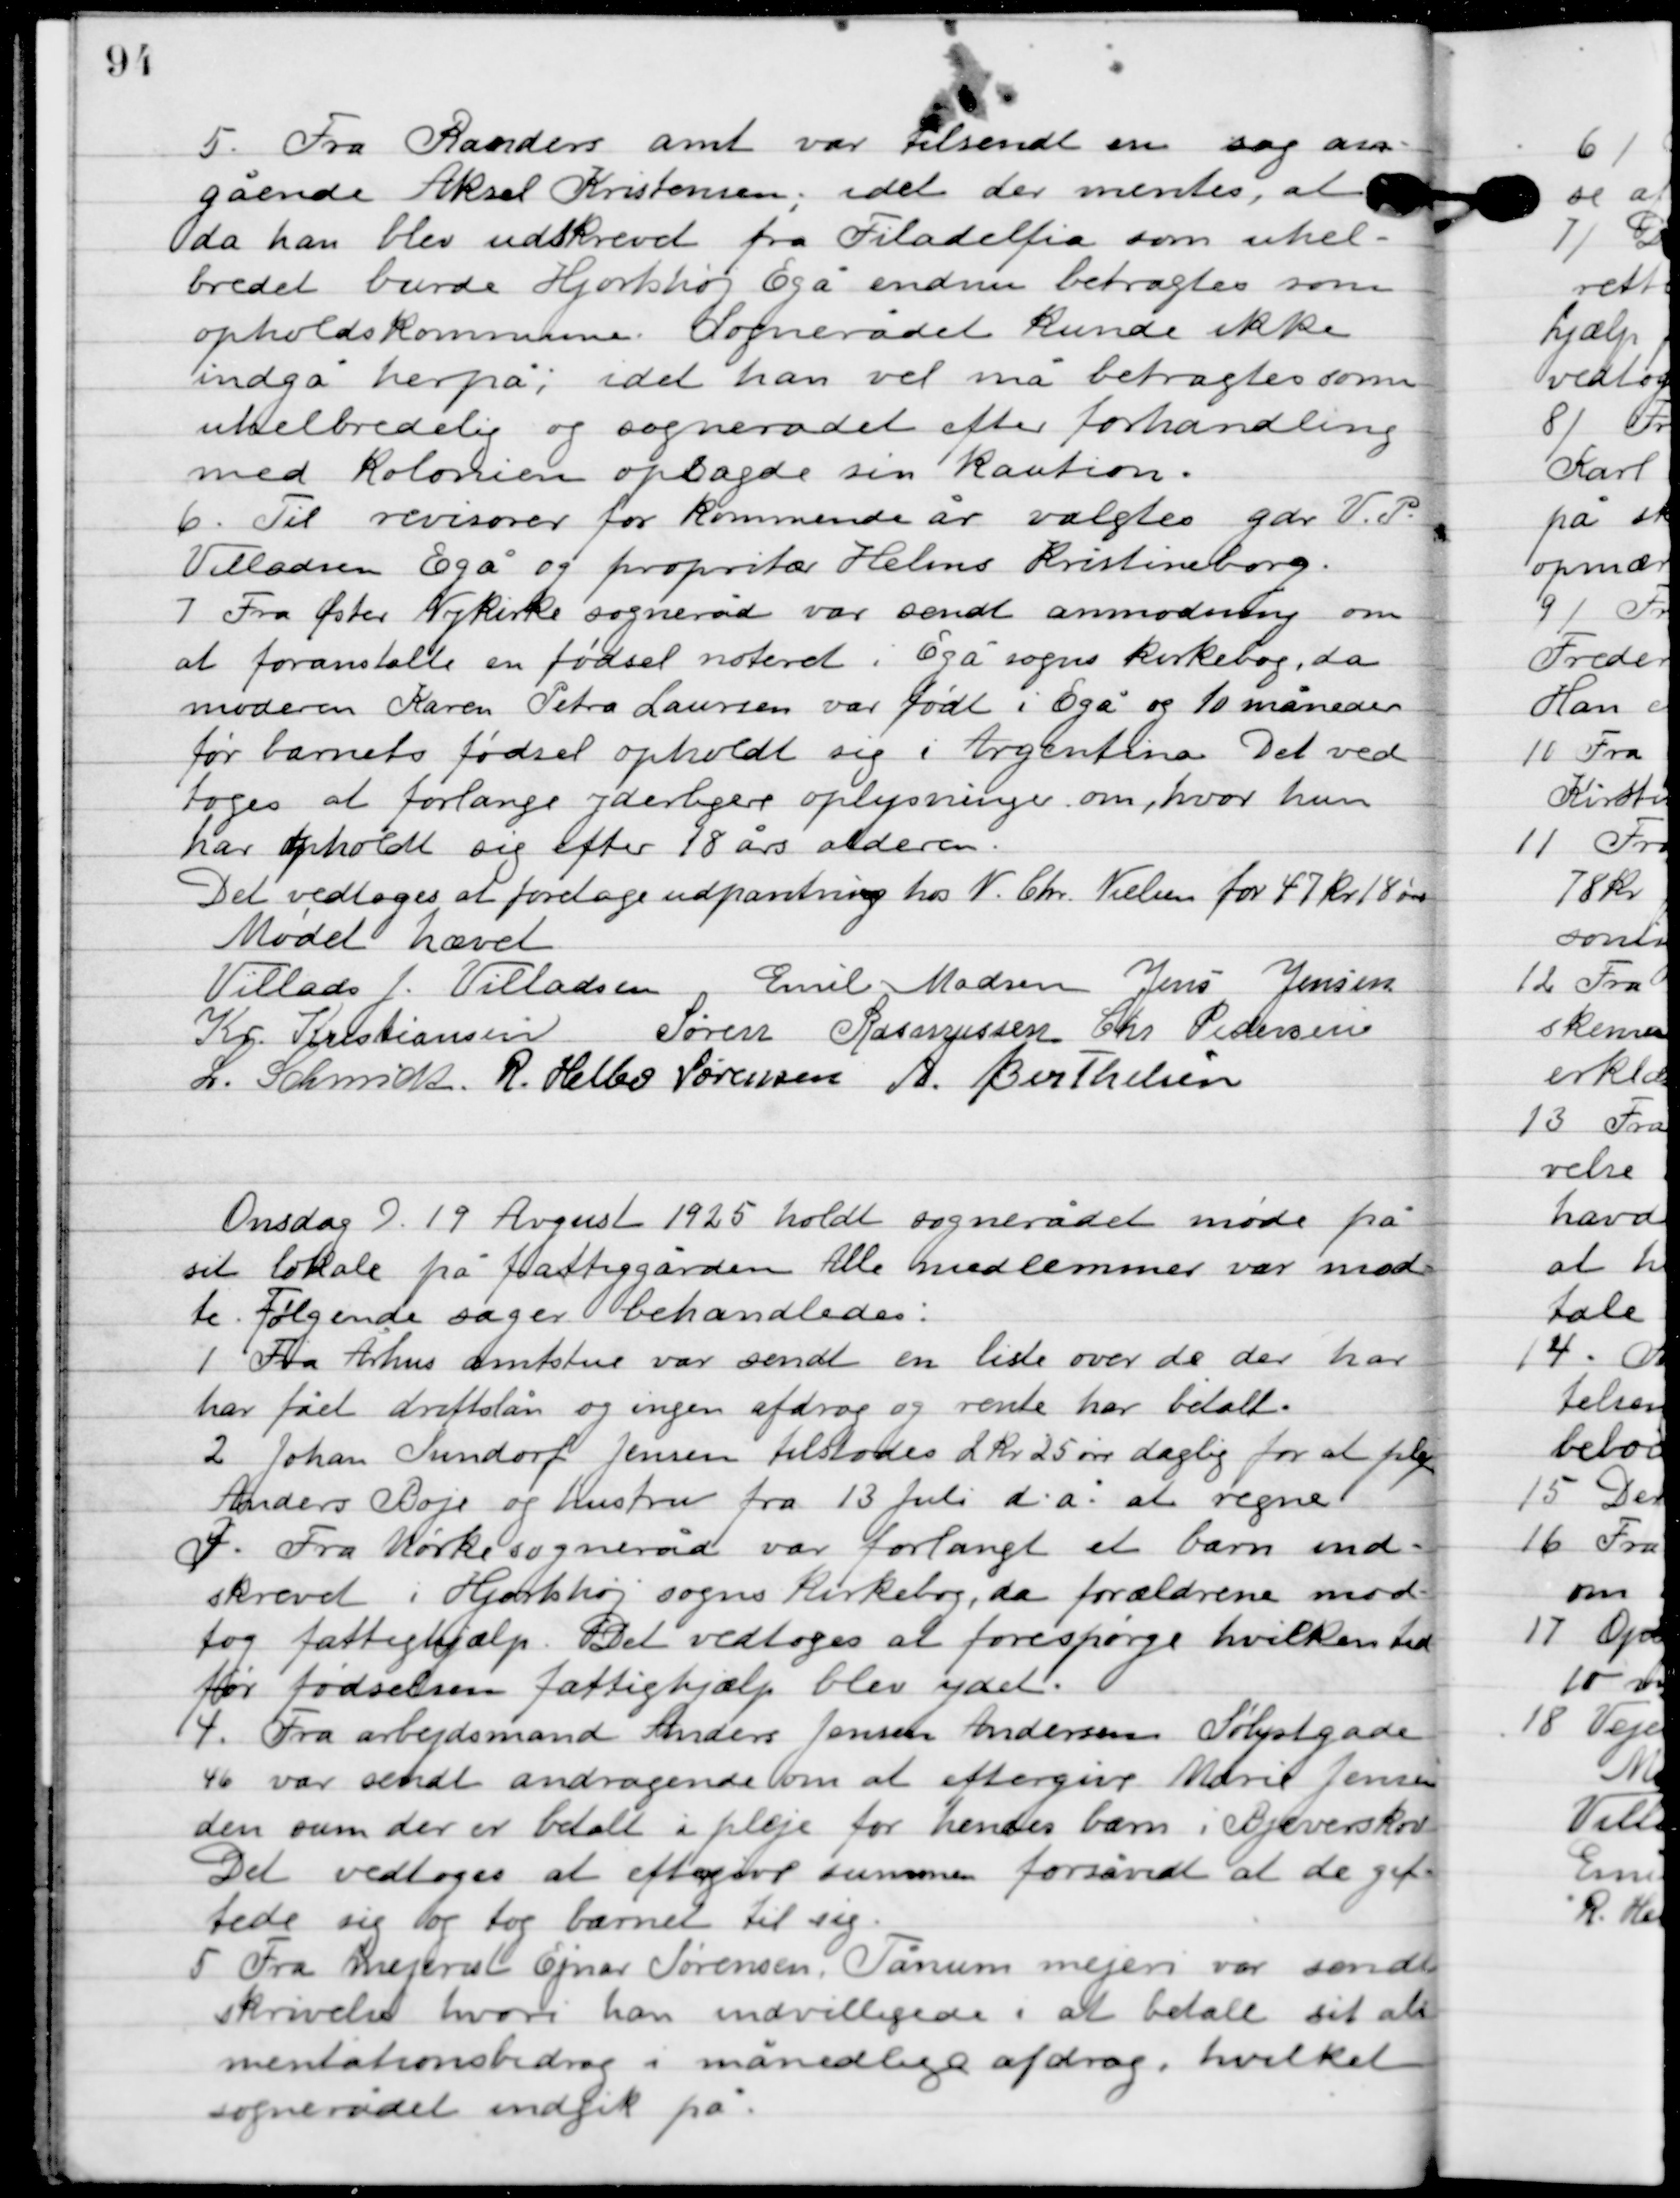
Transskription:
5

Fra Randers amt var tilsendt en sag an-
gående Aksel Kristensen; idet der mentes, at
da han blev udskrevet fra Filadelfia som hel-
bredet burde Hjortshøj Egå endnu betragtes som
opholdskommune. Sognerådet kunde ikke
indgå herpå; idet han vel må betragtes som
uhelbredelig og sognerådet efter forhandling
med kolonien opsagde sin kaution.

6

Til revisorer for kommende år valgtes gdr. V. P.
Villadsen, Egå og proprietær Helms Kirstineberg.

7

Fra Øster Nykirke sogneråd var sendt anmodning om
at foranstalte en fødsel noteret i Egå sogns kirkebog, da
moderen Karen Petra Laursen var født i Egå og 10 måneder
før barnets fødsel opholdt sig i Argentina. Det ved-
toges at forlange yderligere oplysninger om, hvor hun
har opholdt sig efter 18 års alderen.
Det vedtoges at foretage udpantning hos N. Chr. Nielsen for 47 kr. 18 øre.

Mødet hævet.

Villads J. Villadsen
Emil Madsen
Jens Jensen
Kr. Kristiansen
Søren Rasmussen
Chr. Pedersen
I. Schmidt
R. Helbo Sørensen
A. Berthelsen

Onsdag D. 19. august 1925 holdt sognerådet møde på
sit lokale på fattiggården. Alle medlemmer var mød-
te. Følgende sager behandledes.

1

Fra Århus amtstue var sendt en liste over de der har,
har fået fået driftslån og ingen afdrag og rente har betalt.

2

Johan Sundorf Jensen tilstodes 2 kr. 25 øre daglig for at pleje
Anders Boje og hustru fra 13 Juli d. a. at regne.

3

F. Fra Mørke sogneråd var forlangt et barn ind-
skrevet i Hjortshøj sogns kirkebog, da forældrene mod-
tog fattighjælp. Det vedtoges at forespørge hvilken tid
før fødselen fattighjælp blev ydet.

4

Fra arbejdsmand Anders Jensen Andersen Sølystgade
46 var sendt andragende om at eftergive Marie Jensen
den sum der er betalt i pleje for hendes barn i Bjerreskov.
Det vedtoges at eftergive summen forsåvidt at de gif-
tede sig og tog barnet til sig.

5

Fra mejerist Ejnar Sørensen, Tånum mejeri var sendt
skrivelse hvori han indvilligede i at betale sit ali-
mentationsbidrag i månedlige afdrag, hvilket
sognerådet indgik på.